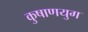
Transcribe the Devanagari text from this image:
कुषाणयुग